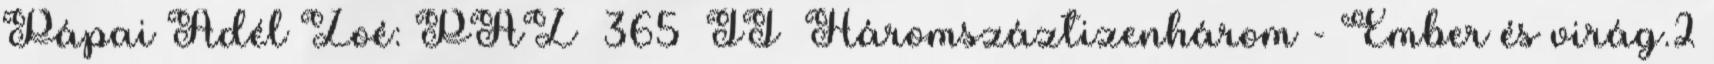
Pápai Adél Zoé: PAZ 365 II Háromszáztizenhárom - Ember és virág.2